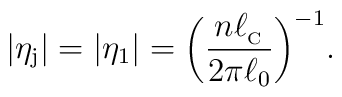
\vert \eta _{\rm j}\vert =\vert \eta _1 \vert =\biggl(\frac{n\ell _{_{\rm C}}}{2\pi \ell _0}\biggl)^{-1}.